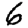
Digit: 6